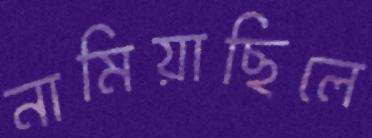
নামিয়াছিলে